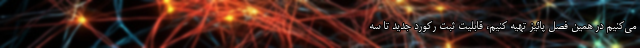
می‌کنیم در همین فصل پائیز تهیه کنیم، قابلیت ثبت رکورد جدید تا سه